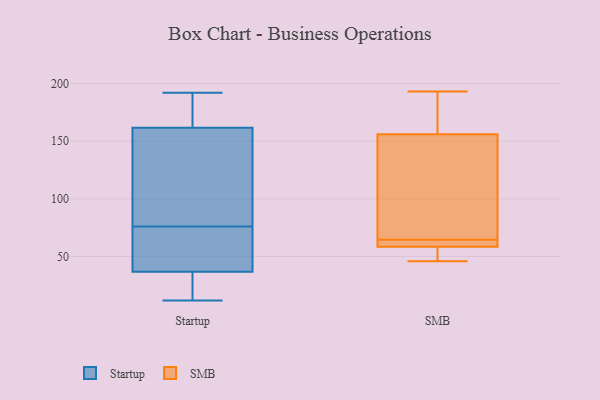
{"axis": {"x": "Humidity (%)", "y": "Value"}, "legend": ["SMB", "Startup"], "data": [{"x": "", "y": 28, "type": "Startup"}, {"x": "", "y": 12, "type": "Startup"}, {"x": "", "y": 112, "type": "Startup"}, {"x": "", "y": 169, "type": "Startup"}, {"x": "", "y": 45, "type": "Startup"}, {"x": "", "y": 31, "type": "Startup"}, {"x": "", "y": 20, "type": "Startup"}, {"x": "", "y": 192, "type": "Startup"}, {"x": "", "y": 161, "type": "Startup"}, {"x": "", "y": 158, "type": "Startup"}, {"x": "", "y": 162, "type": "Startup"}, {"x": "", "y": 69, "type": "Startup"}, {"x": "", "y": 183, "type": "Startup"}, {"x": "", "y": 153, "type": "Startup"}, {"x": "", "y": 34, "type": "Startup"}, {"x": "", "y": 163, "type": "Startup"}, {"x": "", "y": 76, "type": "Startup"}, {"x": "", "y": 47, "type": "Startup"}, {"x": "", "y": 45, "type": "Startup"}, {"x": "", "y": 151, "type": "SMB"}, {"x": "", "y": 168, "type": "SMB"}, {"x": "", "y": 61, "type": "SMB"}, {"x": "", "y": 46, "type": "SMB"}, {"x": "", "y": 60, "type": "SMB"}, {"x": "", "y": 62, "type": "SMB"}, {"x": "", "y": 161, "type": "SMB"}, {"x": "", "y": 140, "type": "SMB"}, {"x": "", "y": 57, "type": "SMB"}, {"x": "", "y": 52, "type": "SMB"}, {"x": "", "y": 67, "type": "SMB"}, {"x": "", "y": 193, "type": "SMB"}]}